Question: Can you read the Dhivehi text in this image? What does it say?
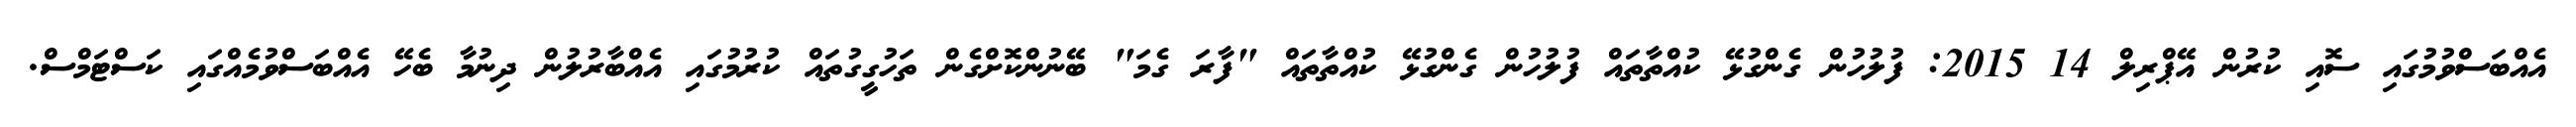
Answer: އެއްބަސްވުމުގައި ސޮއި ކުރުން އޭޕްރިލް 14 2015: ފުލުހުން ގެންގުޅޭ ކުއްތާތައް ފުލުހުން ގެންގުޅޭ ކުއްތާތައް "ފާރަ ގެމަ" ބޭނުންކޮށްގެން ތަހުގީގުތައް ކުރުމުގައި އެއްބާރުލުން ދިނުމާ ބެހޭ އެއްބަސްވުމެއްގައި ކަސްޓަމްސް.